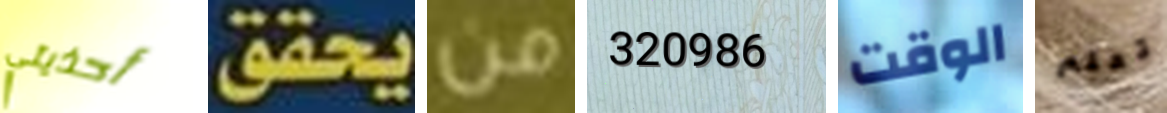
أحذيتي يحقق من 320986 الوقت تعلم